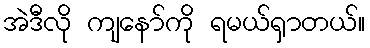
အဲဒီလို ကျနော်ကို ရမယ်ရှာတယ်။